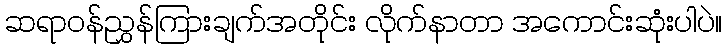
ဆရာဝန်ညွှန်ကြားချက်အတိုင်း လိုက်နာတာ အကောင်းဆုံးပါပဲ။